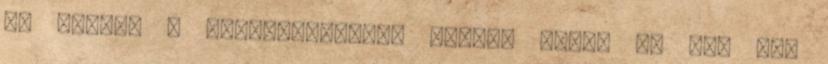
is küldte a koordinátákat. Miféle ember az aki egy